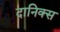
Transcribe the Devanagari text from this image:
दानिक्स